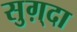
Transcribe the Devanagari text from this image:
सुग़्दा